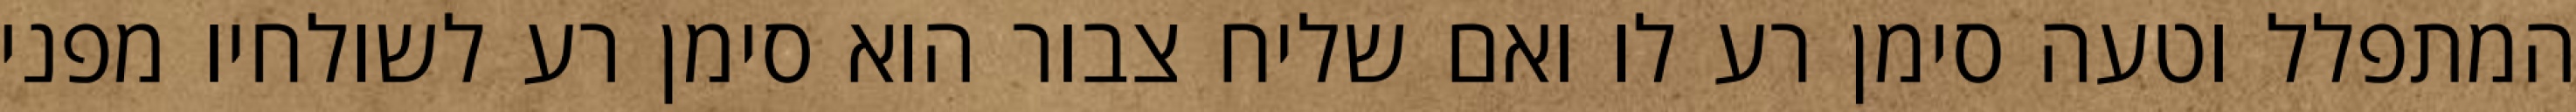
המתפלל וטעה סימן רע לו ואם שליח צבור הוא סימן רע לשולחיו מפני